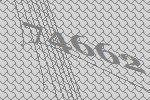
74662